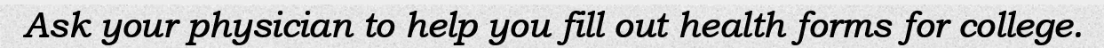
Ask your physician to help you fill out health forms for college.